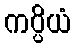
ကပ္ပိယံ